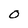
Character: O